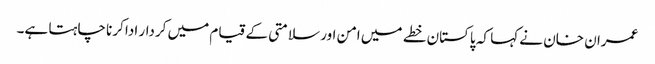
عمران خان نے کہا کہ پاکستان خطے میں امن اور سلامتی کے قیام میں کردار ادا کرنا چاہتا ہے۔